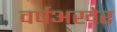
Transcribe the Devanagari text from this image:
वर्षअखेर